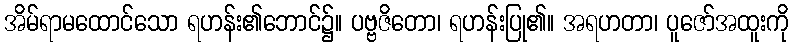
အိမ်ရာမထောင်သော ရဟန်း၏ဘောင်၌။ ပဗ္ဗဇိတော၊ ရဟန်းပြု၏။ အရဟတာ၊ ပူဇော်အထူးကို